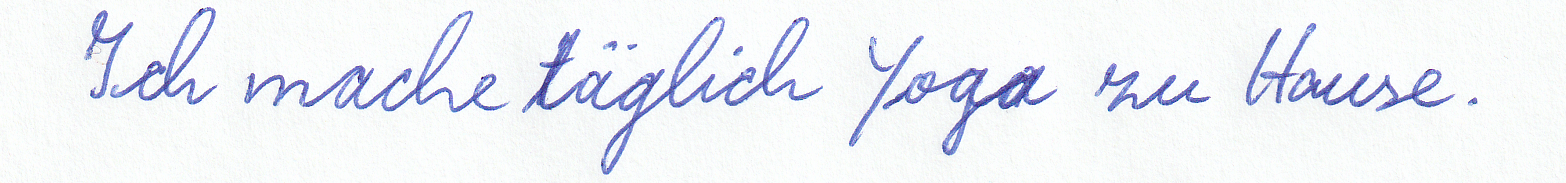
Ich mache täglich Yoga zu Hause.